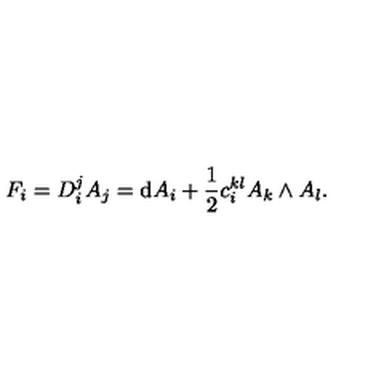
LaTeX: F _ { i } = D _ { i } ^ { j } A _ { j } = \mathrm { d } A _ { i } + \frac { 1 } { 2 } c _ { i } ^ { k l } A _ { k } \wedge A _ { l } .